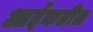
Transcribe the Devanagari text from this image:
आईकडील